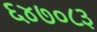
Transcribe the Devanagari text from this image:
६४७०८३